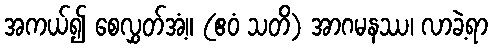
အကယ်၍ စေလွှတ်အံ့။ (ဧဝံ သတိ) အာဂမနဿ၊ လာခဲ့ရာ